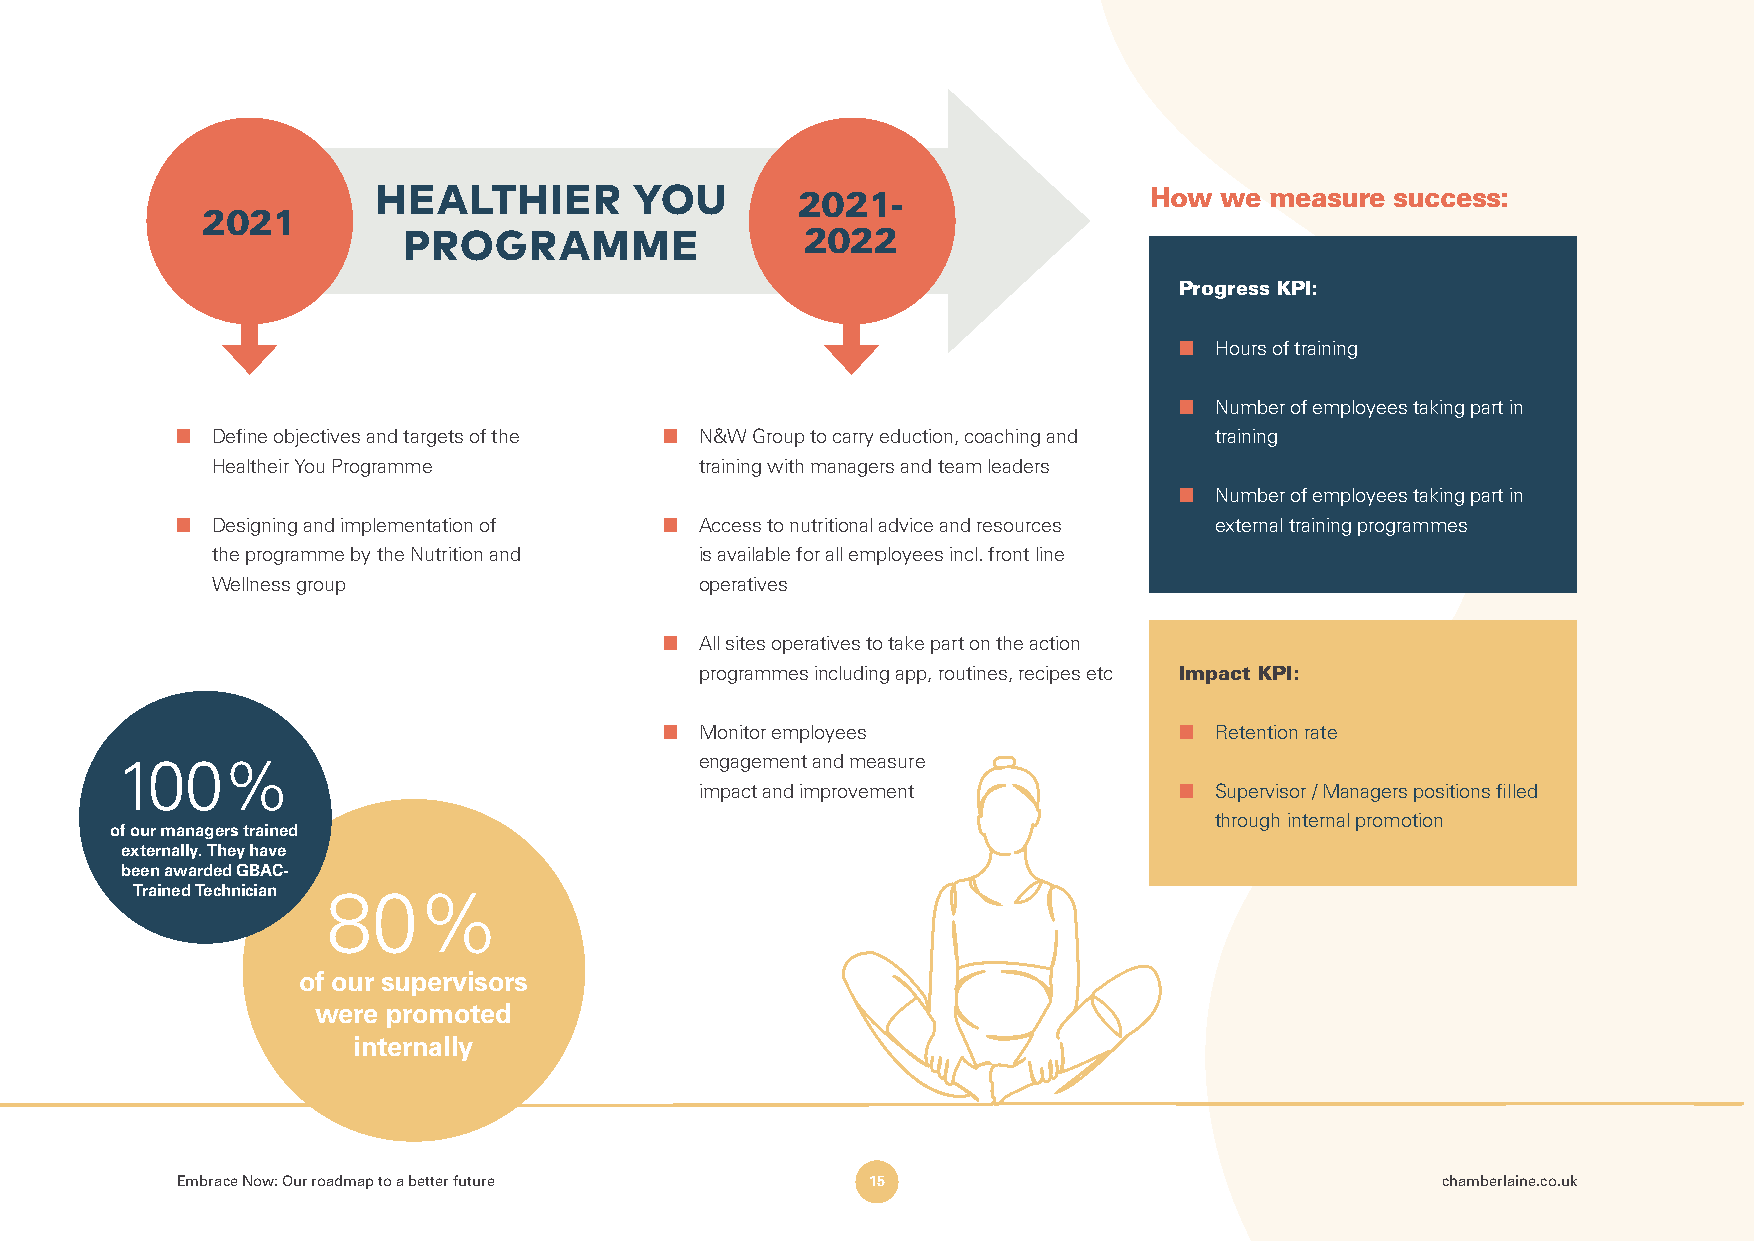
HEALTHIER        YOU        2021-                  How  we measure success:
 2021
 PROGRAMME                 2022
 Progress KPI:
 ■ Hours of training
 ■ Number of employees taking part in
 ■ Define objectives and targets of the ■ N&W Group to carry eduction, coaching and training
 Healtheir You Programme         training with managers and team leaders
 ■ Number of employees taking part in
 ■ Designing and implementation of ■ Access to nutritional advice and resources external training programmes
 the programme by the Nutrition and is available for all employees incl. front line
 Wellness group                  operatives
 ■ All sites operatives to take part on the action
 programmes including app, routines, recipes etc Impact KPI:
 ■ Monitor employees               ■ Retention rate
 100%                                  engagement and measure
 impact and improvement          ■ Supervisor / Managers positions filled
 through internal promotion
 of our managers trained
 externally. They have
 been awarded GBAC-
 Trained Technician 80%
 of our supervisors
 were promoted
 internally
 Embrace Now: Our roadmap to a better future   15                                   chamberlaine.co.uk